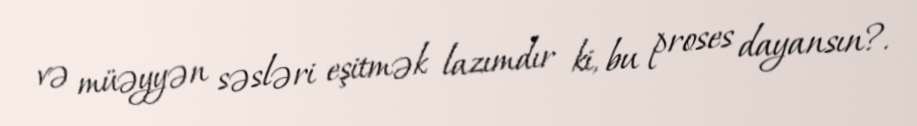
və müəyyən səsləri eşitmək lazımdır ki, bu proses dayansın?.